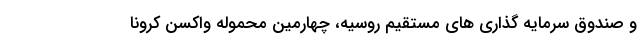
و صندوق سرمایه گذاری های مستقیم روسیه، چهارمین محموله واکسن کرونا